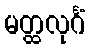
မတ္ထလုင်္ဂံ